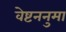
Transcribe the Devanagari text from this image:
वेष्टननुमा